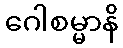
ဂေါစမ္မာနိ